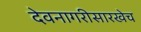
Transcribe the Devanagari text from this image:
देवनागरीसारखेच